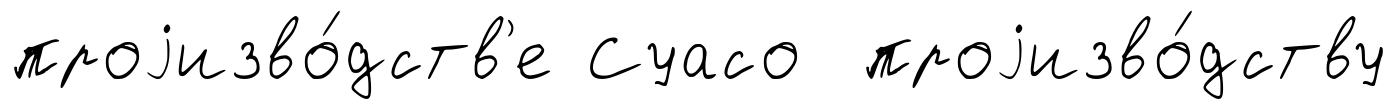
проjизво́дств'е Суасо проjизво́дству